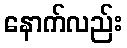
နောက်လည်း